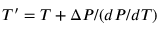
T ^ { \prime } = T + \Delta P / ( d P / d T )